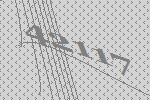
42117